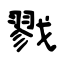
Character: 戮